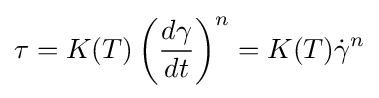
\tau =K(T)\left({d\gamma  \over dt}\right)^{n}=K(T){\dot {\gamma }}^{n}